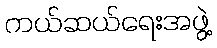
ကယ်ဆယ်ရေးအဖွဲ့